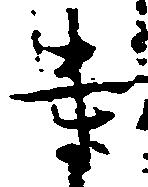
寺